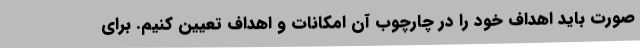
صورت باید اهداف خود را در چارچوب آن امکانات و اهداف تعیین کنیم. برای